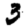
Digit: 3